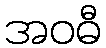
အဝဓီ